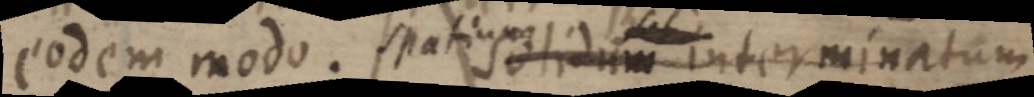
eodem modo. spatium solidum interminatum